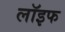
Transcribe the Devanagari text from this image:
लॉइफ